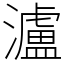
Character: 瀘